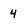
Character: 4